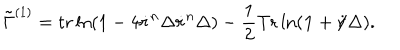
LaTeX: \tilde { \Gamma } ^ { ( 1 ) } = \mathrm { t r } \ln ( 1 - 4 \dot { r } ^ { n } \Delta \dot { r } ^ { n } \Delta ) - \frac { 1 } { 2 } \mathrm { T r } \ln ( { \bf 1 } + \dot { r } \! \! \! / \Delta ) .